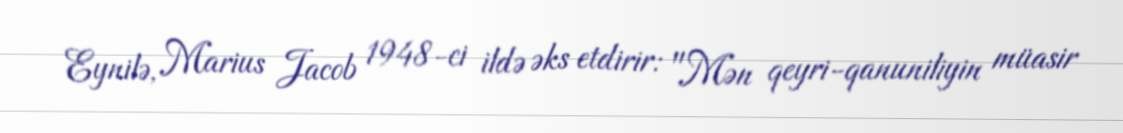
Eynilə, Marius Jacob 1948-ci ildə əks etdirir: "Mən qeyri-qanuniliyin müasir